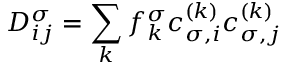
D _ { i j } ^ { \sigma } = \sum _ { k } f _ { k } ^ { \sigma } c _ { \sigma , i } ^ { ( k ) } c _ { \sigma , j } ^ { ( k ) }